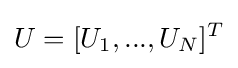
U=[U_{1},...,U_{N}]^{T}